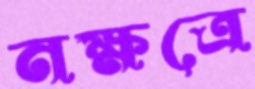
নক্ষত্রে